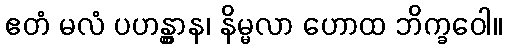
ဧတံ မလံ ပဟန္တွာန၊ နိမ္မလာ ဟောထ ဘိက္ခဝေါ။